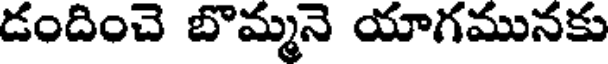
డందించె బొమ్మనె యాగమునకు